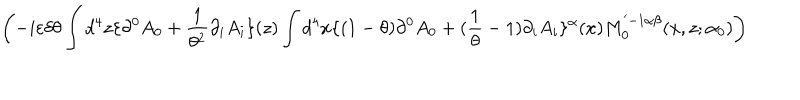
\left( - i \varepsilon \delta \theta \int d ^ { 4 } z \{ \partial ^ { 0 } A _ { 0 } + \frac { 1 } { \theta ^ { 2 } } \partial _ { i } A _ { i } \} ( z ) \int d ^ { 4 } x \{ ( 1 - \theta ) \partial ^ { 0 } A _ { 0 } + ( \frac { 1 } { \theta } - 1 ) \partial _ { i } A _ { i } \} ^ { \alpha } ( x ) M _ { 0 } ^ { ' - 1 \alpha \beta } ( x , z ; \alpha _ { 0 } ) \right)